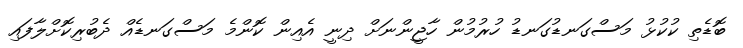
ބޮޑެތި ކުކުޅު މަސްގަނޑުގަނޑު ހުރުމުން ހާޖީންނަށް ދިނީ އެއިން ކޮންމެ މަސްގަނޑެއް ދެބުރިކޮށްލާފައި